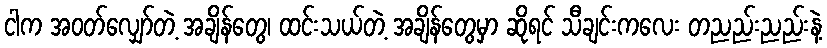
ငါက အဝတ်လျှော်တဲ့ အချိန်တွေ၊ ထင်းသယ်တဲ့ အချိန်တွေမှာ ဆိုရင် သီချင်းကလေး တညည်းညည်းနဲ့